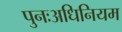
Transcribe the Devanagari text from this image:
पुनःअधिनियम